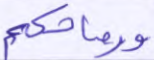
ورماحكم